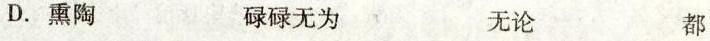
D.熏陶 碌碌无为 无论